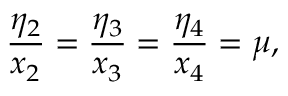
\frac { \eta _ { 2 } } { x _ { 2 } } = \frac { \eta _ { 3 } } { x _ { 3 } } = \frac { \eta _ { 4 } } { x _ { 4 } } = \mu ,